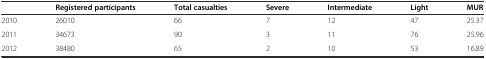
<table><thead><tr><td></td><td><b>Registered participants</b></td><td><b>Total casualties</b></td><td><b>Severe</b></td><td><b>Intermediate</b></td><td><b>Light</b></td><td><b>MUR</b></td></tr></thead><tbody><tr><td>2010</td><td>26010</td><td>66</td><td>7</td><td>12</td><td>47</td><td>25.37</td></tr><tr><td>2011</td><td>34673</td><td>90</td><td>3</td><td>11</td><td>76</td><td>25.96</td></tr><tr><td>2012</td><td>38480</td><td>65</td><td>2</td><td>10</td><td>53</td><td>16.89</td></tr></tbody></table>